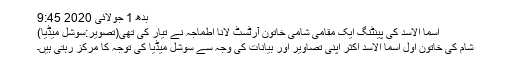
بدھ 1 جولائی 2020 9:45
اسما الاسد کی پینٹنگ ایک مقامی شامی خاتون آرٹسٹ لانا اطماجہ نے تیار کی تھی(تصویر:سوشل میڈیا)
شام کی خاتون اول اسما الاسد اکثر اپنی تصاویر اور بیانات کی وجہ سے سوشل میڈیا کی توجہ کا مرکز رہتی ہیں۔